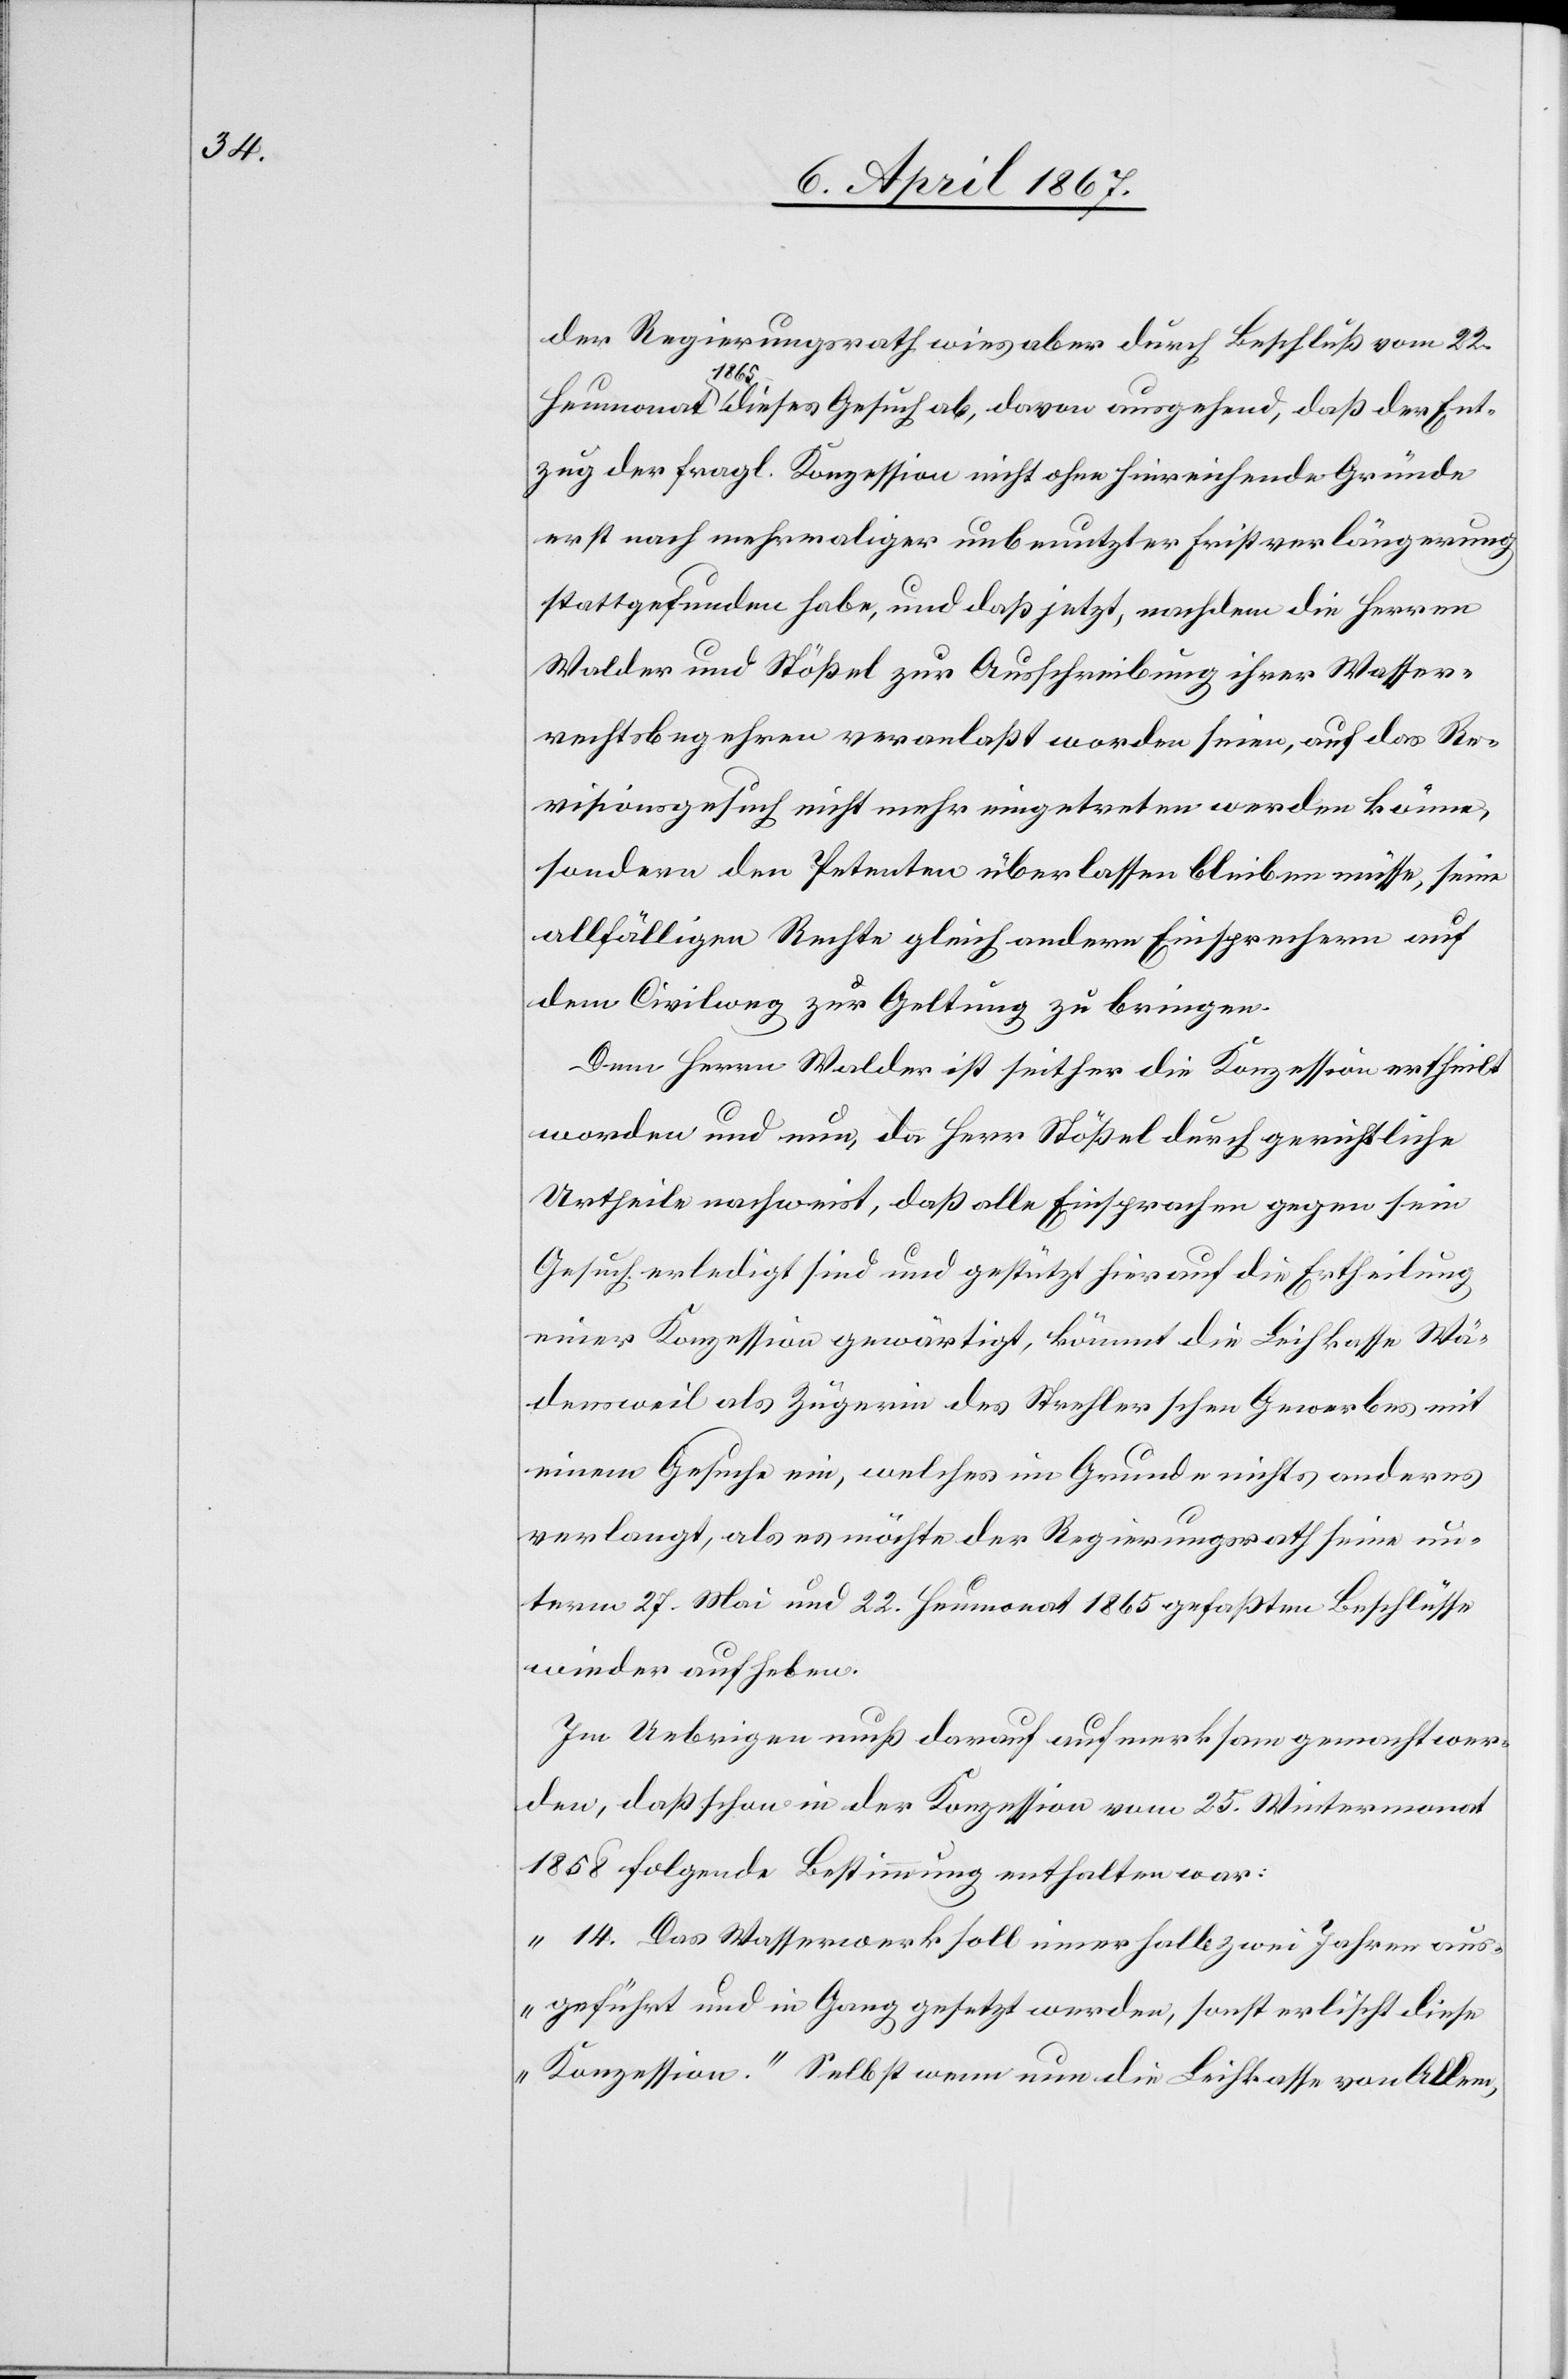
der Regierungsrath wies aber durch Beschluß vom 22.
Heumonat 1865 dieses Gesuch ab, davon ausgehend, daß der Ent¬
zug der fragl. Konzession nicht ohne hinreichende Gründe
erst nach mehrmaliger unbenutzter Fristverlängerung
stattgefunden habe, und daß jetzt, nachdem die Herren
Walder und Stößel zur Ausschreibung ihrer Wasser¬
rechtsbegehren veranlaßt worden seien, auf das Re¬
visionsgesuch nicht mehr eingetreten werden könne,
sondern den Petenten überlassen bleiben müsse, seine
allfälligen Rechte gleich andern Einsprechern auf
dem Civilweg zur Geltung zu bringen.
Dem Herrn Walder ist seither die Konzession ertheilt
worden und nun, da Herr Stößel durch gerichtliche
Urtheile nachweist, daß alle Einsprachen gegen sein
Gesuch erledigt sind und gestützt hierauf die Ertheilung
neuer Konzession gewärtigt, kömmt die Leihkasse Wä¬
densweil als Zügerin des Strechler schen Gewerbes mit
einem Gesuche ein, welches im Grunde nichts anderes
verlangt, als es möchte der Regierungsrath seine un¬
term 27. Mai und 22. Heumonat 1865 gefaßten Beschlüsse
wieder aufheben.
Im Uebrigen muß darauf aufmerksam gemacht wer¬
den, daß schon in der Konzession vom 25. Wintermonat
1858 folgende Bestimmung enthalten war:
„14. Das Wasserwerk soll innerhalb zwei Jahren aus¬
geführt und in Gang gesetzt werden, sonst erlischt diese
Konzession.“ Selbst wenn nun die Leihkasse von Allem,